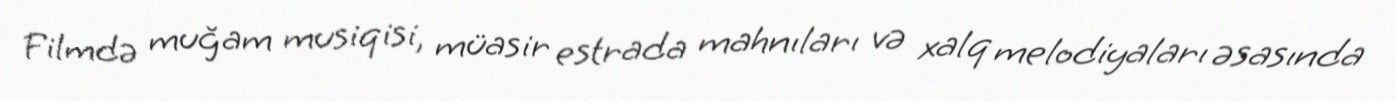
Filmdə muğam musiqisi, müasir estrada mahnıları və xalq melodiyaları əsasında